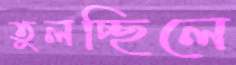
তুলচ্ছিলে